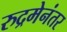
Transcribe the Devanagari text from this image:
रुद्रमेनंतर